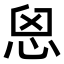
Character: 𢙦